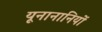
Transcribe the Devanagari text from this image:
यूनानानियों